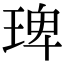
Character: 琕